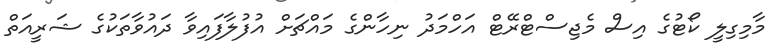
މާމިގިލީ ކޯޓުގެ އިސް މެޖިސްޓްރޭޓް އަހްމަދު ނިހާންގެ މައްޗަށް އުފުލާފައިވާ ދައުވާތަކުގެ ޝަރީއަތް